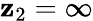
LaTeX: \mathbf{z}_{2}=\infty